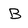
Character: B